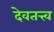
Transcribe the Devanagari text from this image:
देवतत्त्व